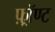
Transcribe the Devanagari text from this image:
फ़्रॉण्ट